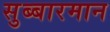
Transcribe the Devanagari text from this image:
सुब्बारमान